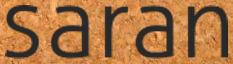
saran